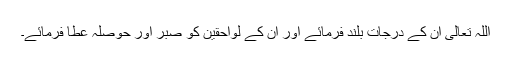
اللہ تعالیٰ ان کے درجات بلند فرمائے اور ان کے لواحقین کو صبر اور حوصلہ عطا فرمائے۔